Vaccination in Bombay 1902-1912 - 1902-1912
Year: 1902
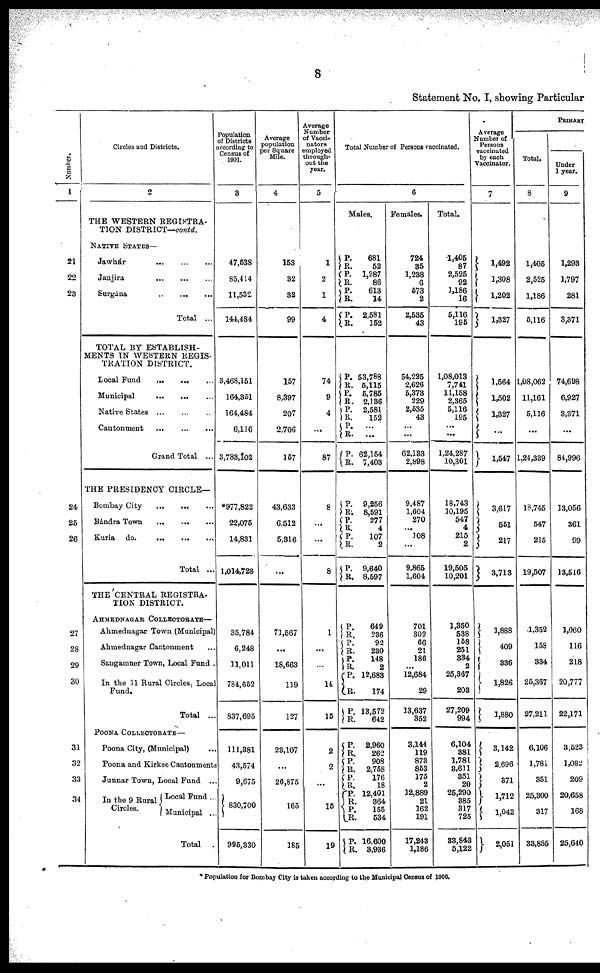
8
Statement No. I, showing Particular
Number.
1
21
22
23
24
25
26
27
28
29
30
31
32
33
34
Circles and Districts.
2
THE WESTERN REGISTRA-
TION DISTRICT—contd.
NATIVE STATES—
Jawhár
...
...
...
Janjira
...
...
...
Surgána
...
...
...
Total ...
TOTAL BY ESTABLISH-
MENTS IN WESTERN REGIS-
TRATION DISTRICT.
Local Fund
...
...
...
Municipal ... ... ...
Native States ... ... ...
Cantonment
...
...
...
Grand Total ...
THE PRESIDENCY CIRCLE—
Bombay City
...
...
...
Bándra Town ... ... ... ...
Kurla do.
...
...
...
Total ...
THE CENTRAL REGISTRA-
TION DISTRICT.
AHMEDNAGAR COLLECTORATE—
Ahmednagar Town (Municipal)
Ahmednagar Cantonment ...
Sangamner Town, Local Fund .
In the 11 Rural Circles, Local
Fund.
Total ...
POONA COLLECTORATE—
Poona City, (Municipal) ...
Poona and Kirkee Cantonments
Junnar Town, Local Fund ...
In the 9 Rural
Circles.
Local Fund ...
Municipal ...
Total ...
Population
of Districts
according to
Census of
1901.
3
47,538
85,414
11,532
144,484
3,468,151
164,351
164,484
6,116
3,783,102
*977,822
22,075
14,831
1,014,728
35,784
6,248
11,011
784,652
837,695
111,381
43,574
9,675
830,700
995,330
Average
population
per Square
Mile.
4
153
32
32
99
157
8,397
207
2,706
157
43,633
6,512
5,316
...
71,567
...
18,663
119
127
23,107
...
26,875
165
185
Average
Number
of Vacci-
nators
employed
through-
out the
year.
5
1
2
1
4
74
9
4
...
87
8
...
...
8
1
...
...
14
15
2
2
...
15
19
Total Number of Persons vaccinated.
6
Males.
P.
R. P.
R.
P.
R.
P.
R.
P.
R.
P. R.
P.
R.
P.
R.
P.
R.
P.
R. P.
R.
P.
R.
P.
R.
P.
R.
P.
R.
P.
R.
P.
R.
P.
R.
P.
R. P.
R.
P. R.
P. R.
P. R.
P.
R.
681
52
1,287
86
613
14
2,581
152
53,788
5,115
5,785
2,136
2,581
152
...
...
62,154
7,403
9,256
8,591
277
4
107
2
9,640
8,597
649
236
92
230
148
2
12,683
174
13,572
642
2,960
262
908
2,758
176
18
12,401
364
155
534
16,600
3,936
Females.
724
35
1,238
6
573
2
2,535
43
54,225
2,626
5,373
229
2,535
43
...
...
62,133
2,898
9,487
1,604
270
... 108
...
9,865
1,604
701
302
66
21
186
...
12,684
29
13,637
352
3,144
119
873
853
175
2
12,889
21
162
191
17,243
1,186
Total.
1,405
87
2,525
92
1,186
16
5,116
195
1,08,013
7,741
11,158
2,365
5,116
195
...
...
1,24,287
10,301
18,743
10,195
547
4
215
2
19,505
10,201
1,350
538
158
251
334
2
25,367
203
27,209
994
6,104
381
1,781
3,611
351
20
25,290
385
317
725
33,843
5,122
Average
Number of
Persons
vaccinated
by each
Vaccinator.
7
1,492
1,308
1,202
1,327
1,564
1,502
1,327
...
1,547
3,617
551
217
3,713
1,888
409
336
1,826
1,880
3,142
2,696
371
1,712
1,042
2,051
PRIMARY
Total.
8
1,405
2,525
1,186
5,116
1,08,062
11,161
5,116
...
1,24,339
18,745
547
215
19,507
1,352
158
334
25,367
27,211
6,106
1,781
351
25,300
317
33,855
Under
1 year.
9
1,293
1,797
281
3,371
74,698
6,927
3,371
...
84,996
13,056
361
99
13,516
1,060
116
218
20,777
22,171
3,523
1,082
209
20,658
168
25,640
* Population for Bombay City is taken according to the Municipal Census of 1906.